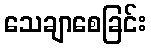
သေချာစေခြင်း